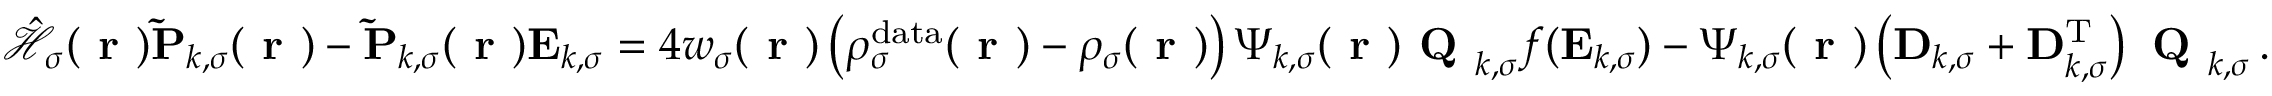
\hat { \mathcal { { H } } } _ { \sigma } ( \boldsymbol { \textbf { r } } ) \mathbf { \widetilde { P } } _ { k , \sigma } ( \boldsymbol { \textbf { r } } ) - \mathbf { \widetilde { P } } _ { k , \sigma } ( \boldsymbol { \textbf { r } } ) \mathbf { E } _ { k , \sigma } = 4 w _ { \sigma } ( \boldsymbol { \textbf { r } } ) \left( \rho _ { \sigma } ^ { \mathrm { d a t a } } ( \boldsymbol { \textbf { r } } ) - \rho _ { \sigma } ( \boldsymbol { \textbf { r } } ) \right) \boldsymbol { \Psi } _ { k , \sigma } ( \boldsymbol { \textbf { r } } ) \textbf { Q } _ { k , \sigma } f ( \mathbf { E } _ { k , \sigma } ) - \boldsymbol { \Psi } _ { k , \sigma } ( \boldsymbol { \textbf { r } } ) \left( \mathbf { D } _ { k , \sigma } + \mathbf { D } _ { k , \sigma } ^ { \mathrm { T } } \right) \textbf { Q } _ { k , \sigma } \, .